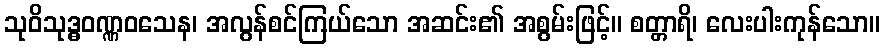
သုဝိသုဒ္ဓဝဏ္ဏဝသေန၊ အလွန်စင်ကြယ်သော အဆင်း၏ အစွမ်းဖြင့်။ စတ္တာရိ၊ လေးပါးကုန်သော။